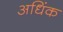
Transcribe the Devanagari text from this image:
अधिंक